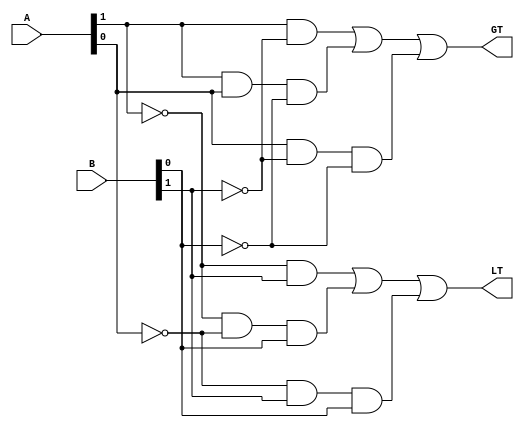
module magcompare2b (LT, GT, A, B);

   input [1:0] A;
   input [1:0] B;
   
   output      LT;
   output      GT;

   // Determine if A < B  using a minimized sum-of-products expression
   assign LT = ~A[1]&B[1] | ~A[1]&~A[0]&B[0] | ~A[0]&B[1]&B[0];

   // Determine if A > B  using a minimized sum-of-products expression
   assign GT = A[1]&~B[1] | A[1]&A[0]&~B[0] | A[0]&~B[1]&~B[0];

endmodule